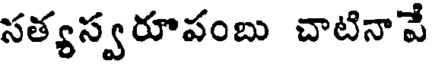
సత్యస్వరూపంబు చాటినా వే